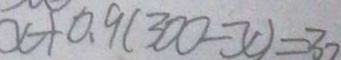
x + 0 . 9 ( 3 0 0 - x ) = 3 0